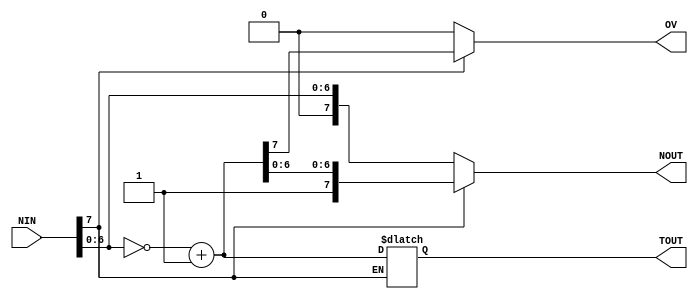
module complementer (NIN,NOUT,TOUT,OV);
	input [7:0]	NIN;
	output [7:0] NOUT,TOUT;
	output OV;
	reg [7:0]NOUT;
	reg  OV;
	reg[7:0] TOUT;
always@(NIN,NOUT,OV,TOUT)
begin
	if(NIN[7]==1'b0)
	begin
		NOUT = NIN;
		OV = 1'b0;
	end
	else 
	 begin
	 NOUT[6:0] = ~NIN[6:0];
	 TOUT = {1'b0,NOUT[6:0]};
	 TOUT = TOUT+1'b1;  
	 OV = TOUT[7];  //overflow judgement
	 NOUT = {1'b1,TOUT[6:0]};
	 end
end
endmodule